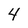
Character: 4